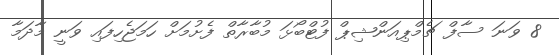
8 ވަނަ ސާފް ޗެމްޕިއަންޝިޕް ފުޓްބޯޅަ މުބާރާތް ފެށުމަށް ހަމަޖެހިފައި ވަނީ މާދަމާ